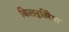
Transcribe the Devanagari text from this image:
किलनुतिरेषा